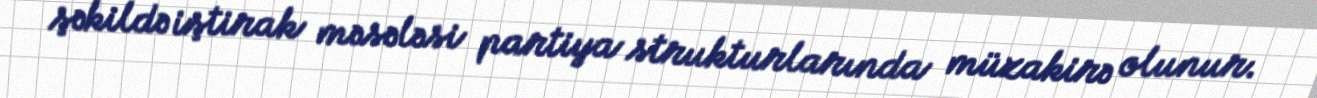
şəkildə iştirak məsələsi partiya strukturlarında müzakirə olunur.